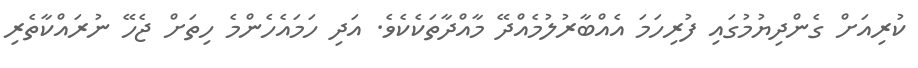
ކުރިއަށް ގެންދިޔުމުގައި ފުރިހަމަ އެއްބާރުލުމެއްދޭ މާއްދާތަކެކެވެ. އަދި ހަމައެހެންމެ ހިތަށް ޖެހޭ ނުރައްކާތެރި